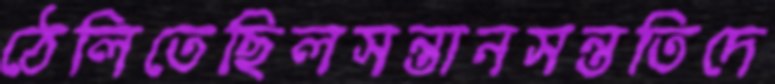
ঠেলিতেছিলসন্তানসন্ততিদে